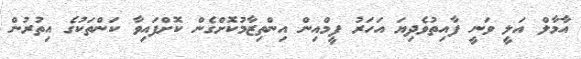
އާމާލް އަލީ ވަނީ ފާއިތުވެދިޔަ އަހަރު ފީމްއިން އިންތިޒާމުކޮށްގެން ކޮށްފައިވާ ކަންތަކުގެ އިތުރުން